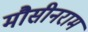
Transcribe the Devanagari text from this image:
मौसीनराम